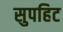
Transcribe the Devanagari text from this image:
सुपहिट